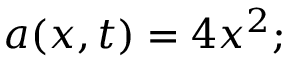
a ( x , t ) = 4 x ^ { 2 } ;